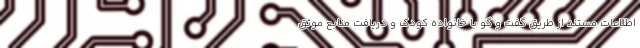
اطلاعات مستند از طریق گفت و گو با خانواده کودک و دریافت منابع موثق